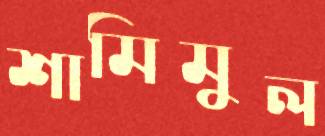
শামিমুল